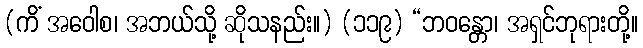
(ကိံ အဝေါစ၊ အဘယ်သို့ ဆိုသနည်း။) (၁၁၉) “ဘဝန္တော၊ အရှင်ဘုရားတို့။